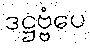
ဒဋ္ဌဗ္ဗံပေ